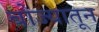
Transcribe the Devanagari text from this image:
बोज्यातून